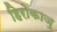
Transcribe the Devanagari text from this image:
हिरोकाज़ु